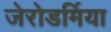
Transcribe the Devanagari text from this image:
जेरोडर्मिया